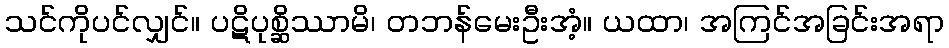
သင်ကိုပင်လျှင်။ ပဋိပုစ္ဆိဿာမိ၊ တဘန်မေးဦးအံ့။ ယထာ၊ အကြင်အခြင်းအရာ